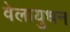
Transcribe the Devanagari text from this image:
वेलायुधन